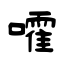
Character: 嚯